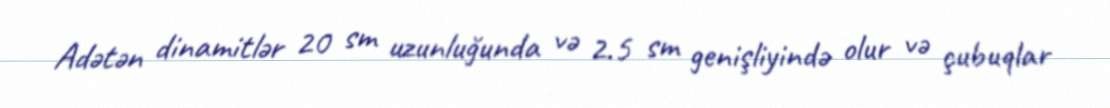
Adətən dinamitlər 20 sm uzunluğunda və 2.5 sm genişliyində olur və çubuqlar